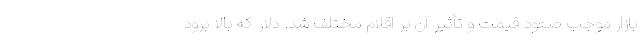
بازار موجب صعود قیمت و تأثیر آن بر اقلام مختلف شد. دلار که بالا برود